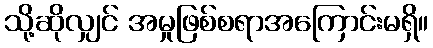
သို့ဆိုလျှင် အမှုဖြစ်စရာအကြောင်းမရှိ။